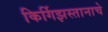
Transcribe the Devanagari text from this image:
किर्गिझस्तानाचे